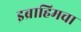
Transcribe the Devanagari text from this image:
इब्राहिमचा